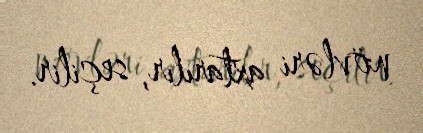
növləri axtarılır, seçilir.